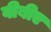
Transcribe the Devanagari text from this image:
वीबीए